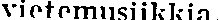
vietemusiikkia.